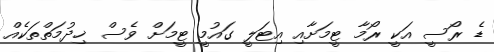
ޑެ ރޯސީ އަކީ ރޯމާ ޓީމަށާއި އިޓަލީ ގައުމީ ޓީމަށް ވެސް ޚިދުމަތްތަކެއް